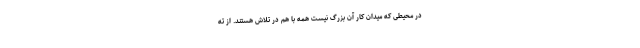
در محیطی که میدان کار آن بزرگ نیست همه با هم در تلاش هستند. از ته